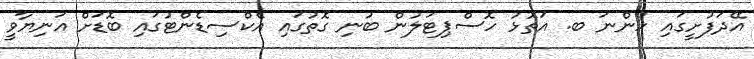
އޭދަފުށީގައި ހުންނަ ބ. އަތޮޅު ހޮސްޕިޓަލުން ބުނި ގޮތުގައި އެކްސިޑެންޓުގައި ބޮޑަށް އަނިޔާވީ